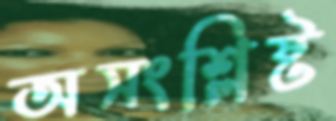
অসংশ্লিষ্ট